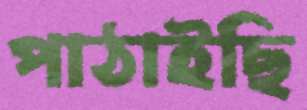
পাঠাইছি